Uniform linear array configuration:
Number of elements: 16
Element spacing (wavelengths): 1
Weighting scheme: blackman
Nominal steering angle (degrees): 60
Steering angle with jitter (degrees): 59.333
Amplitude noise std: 0.05
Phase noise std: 0.05

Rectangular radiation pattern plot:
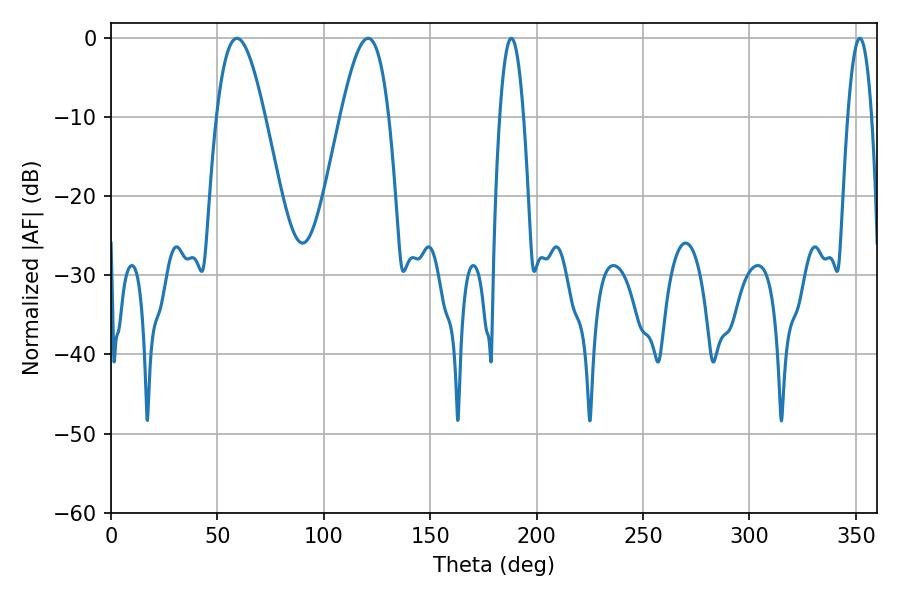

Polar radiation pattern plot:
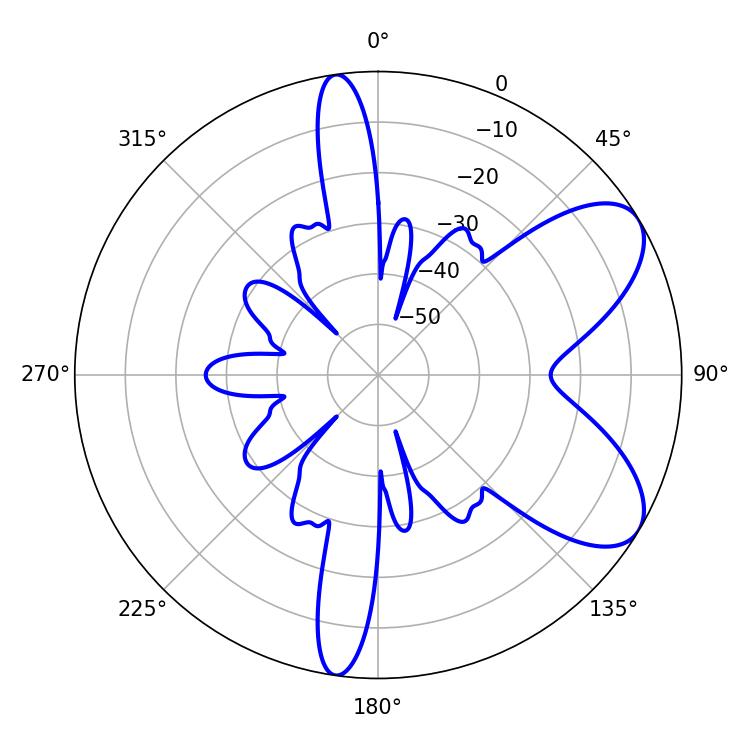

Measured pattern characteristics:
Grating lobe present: TRUE
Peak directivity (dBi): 7.311
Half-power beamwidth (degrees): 6.12
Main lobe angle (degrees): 188.1